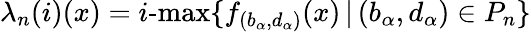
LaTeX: \lambda_{n}(i)(x)=i\textrm{-max}\{ f_{(b_{\alpha},d_{\alpha})}(x)\, |\, (b_{\alpha},d_{\alpha})\in P_{n}\}